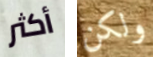
أكثر ولكن